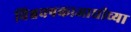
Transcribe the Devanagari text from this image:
विश्वचषकाआधीच्या